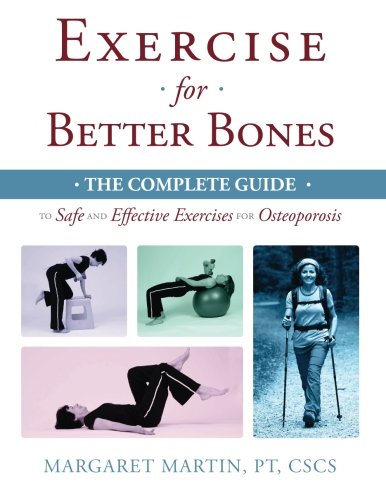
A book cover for Exercise for Better Bones: The Complete Guide to Safe and Effective Exercises for Osteoporosis; Margaret Martin; Health, Fitness & Dieting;